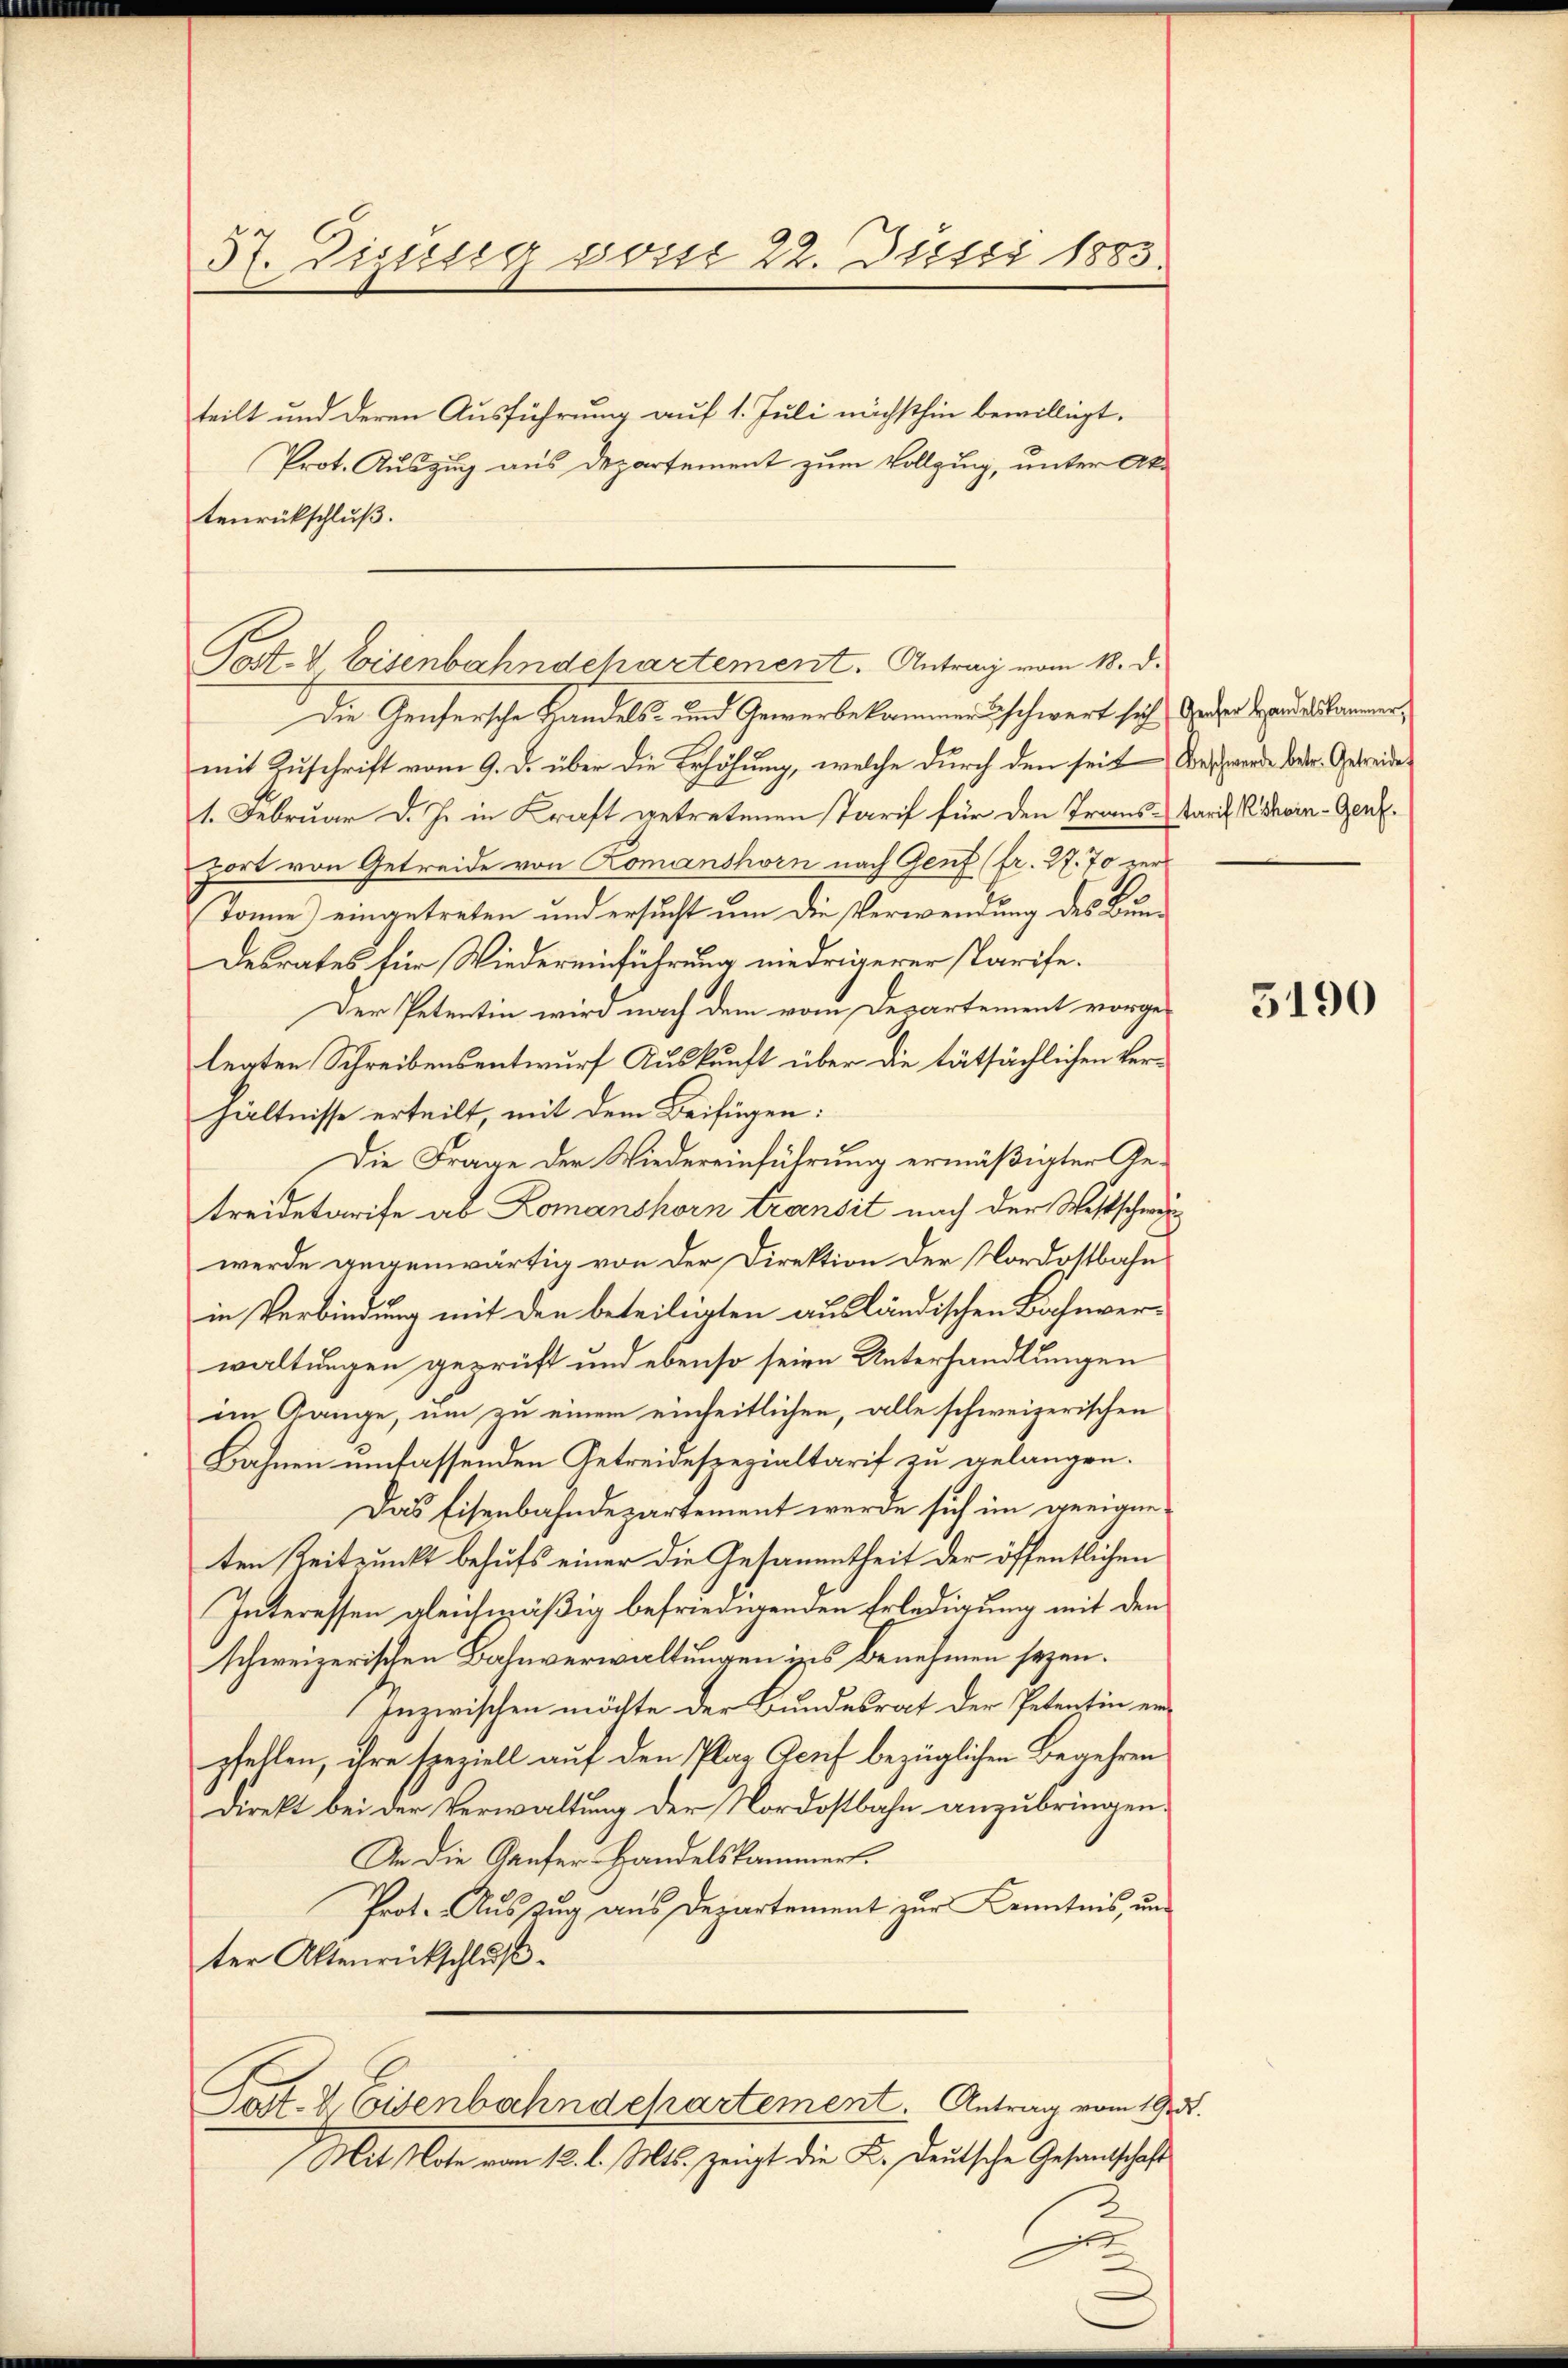
57. Digung vom 22. Juni 1883.

tenrückschluß.

teilt und deren Ausführung auf 1. Juli nächsthin bewilligt.
Prot. Auszug aus Departement zum Vollzung, unter Ak¬

Die Genfersche Handels- und Gewerbekommers schwert sich jeder Landelskammer,
mit Zuschrift vom 9. D. über die Erhöhung, welche durch den seit Beschwerde betr. Getreide¬
1. Februar d. J. in Kraft getretenen Tarif für den Trans-Karl Rhein- Genf.
port von Getreide von Romanshorn nach Genf (fr. 27. 70 zur
Tonne) eingetreten und ersucht um die Verwendung des Bun¬
Desrates für Wiedereinführung niedrigerer starife.
Der Petentin wird nach dem vom Departement vorge-
legten Schreibensentwurf Auskunft über die tatsächlichen Verhältnisse erteilt, mit dem Beifügen:
Die Frage der Wiedereinführung ermäßigter Retreidetarife ab Romanshorn transit nach der Westschweiwerde gegenwärtig von der Direktion der Nordostbahn
in Verbindung mit den beteiligten ausländischen Bahnverwaltungen geprüft und ebenso seien Unterhandlungen
im Gange, um zu einem einheitlichen, alle schweizerischen
Bahnen umfassenden Getreidespezialtarif zu gelangen.
Das Eisenbahndepartement werde sich im geeigneten Zeitpunkt behufs einer die Gesammtheit der öffentlichen
Interessen gleichmäßig befriedigenden Erledigung mit den
schweizerischen Bahnverwaltungen ins Benehmen sezen.
Inzwischen möchte der Bundesrat der Petentin erpfellen, ihre speziell auf den Plag Genf bezüglichen Begehren
direkt bei der Verwaltung der Nordostbahn anzubringen.
An die Gaufer Handelskammer.
Prot. Auszug aus Departement zur Kenntnis, un
ter Aktenrückschluß.
Post. d. Eisenbahndepartement. Antrag vom 19.
Mit Note vom 12. l. Mts. zeigt die K. Deutsche Gesandtschaft
st

Post- & Eisenbahndehartement. Antrag vom 18. d.

2.

5190